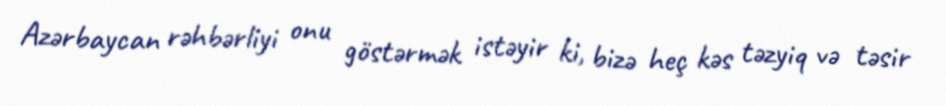
Azərbaycan rəhbərliyi onu göstərmək istəyir ki, bizə heç kəs təzyiq və təsir